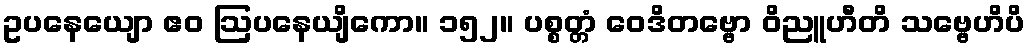
ဥပနေယျော ဧဝ ဩပနေယျိကော။ ၁၅၂။ ပစ္စတ္တံ ဝေဒိတဗ္ဗော ဝိညူဟီတိ သဗ္ဗေဟိပိ